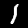
Digit: 1